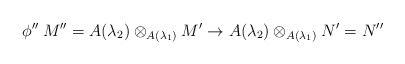
\begin{align*}\phi''\:M''=A(\lambda_2)\otimes_{A(\lambda_1)}M'\to A(\lambda_2)\otimes_{A(\lambda_1)}N'=N''\end{align*}